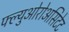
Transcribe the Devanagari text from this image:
फ्ल्युओरोअसिटेट